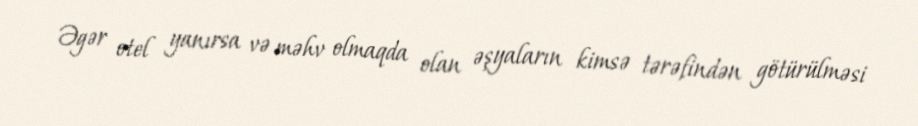
Əgər otel yanırsa və məhv olmaqda olan əşyaların kimsə tərəfindən götürülməsi